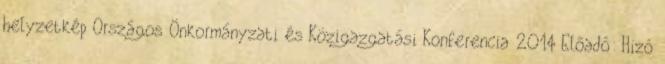
helyzetkép Országos Önkormányzati és Közigazgatási Konferencia 2014 Előadó: Hizó